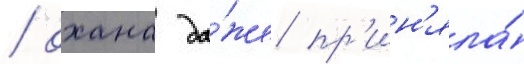
/ охана да́же пр'ин'яла́